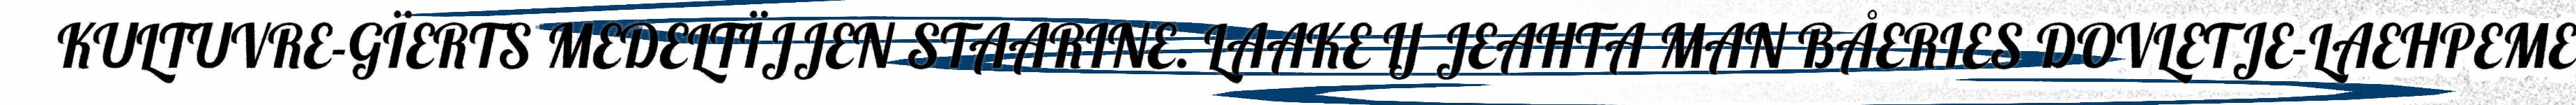
KULTUVRE-GÏERTS MEDELTÏJJEN STAARINE. LAAKE IJ JEAHTA MAN BÅERIES DOVLETJE-LAEHPEME